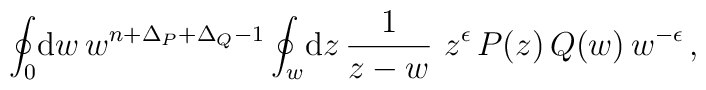
\oint_0  \! \mathrm{d} w \, w^{n+\Delta_P+\Delta_Q-1}\oint_w  \! \mathrm{d} z \, \frac{1}{z-w} \, \,z^{\epsilon} \, P(z) \, Q(w) \, w^{-\epsilon} \, ,